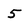
Character: 5